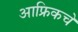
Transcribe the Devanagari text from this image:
आफ्रिकचे